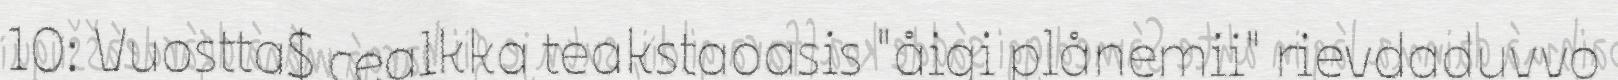
10: Vuostta$ cealkka teakstaoasis "åigi plånemii" rievdaduvvo